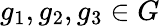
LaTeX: g_{1},g_{2},g_{3}\in G